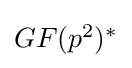
\textstyle GF(p^{2})^{*}